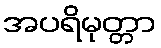
အပရိမုတ္တာ